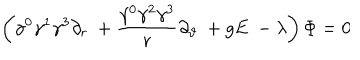
\left( \gamma ^ { 0 } \gamma ^ { 1 } \gamma ^ { 3 } \partial _ { r } \ + \frac { \gamma ^ { 0 } \gamma ^ { 2 } \gamma ^ { 3 } } r \partial _ { \vartheta } \ + g E \ - \lambda \right) \Phi = 0